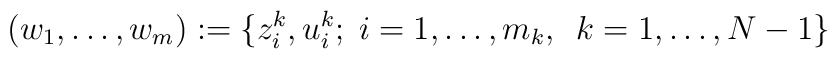
(w_1,\dots,w_m):=\{z_i^k,u_i^k; \;i=1,\dots,m_k,\enskip k=1,\dots, N-1\}